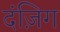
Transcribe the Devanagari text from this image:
दंज़िग